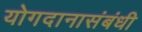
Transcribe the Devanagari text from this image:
योगदानासंबंधी